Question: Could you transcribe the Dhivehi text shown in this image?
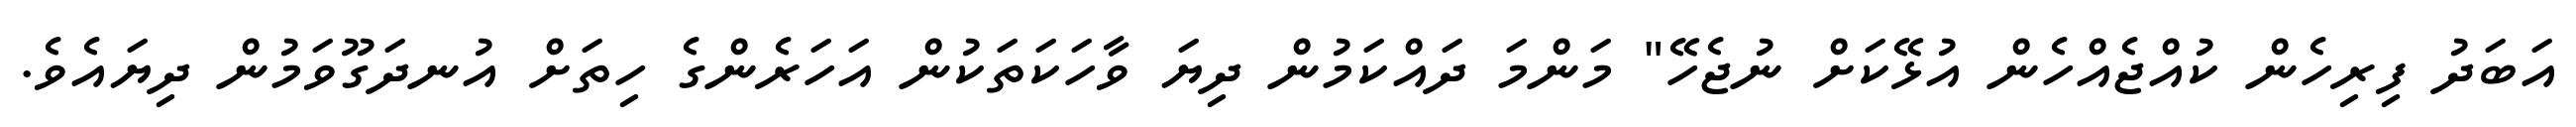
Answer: އަބަދު ފިރިހެން ކުއްޖެއްހެން އުޅޭކަށް ނުޖެހޭ" މަންމަ ދައްކަމުން ދިޔަ ވާހަކަތަކުން އަހަރެންގެ ހިތަށް އުނދަގޫވަމުން ދިޔައެވެ.